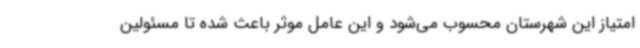
امتیاز این شهرستان محسوب می‌شود و این عامل موثر باعث شده تا مسئولین